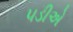
૫ડીએ